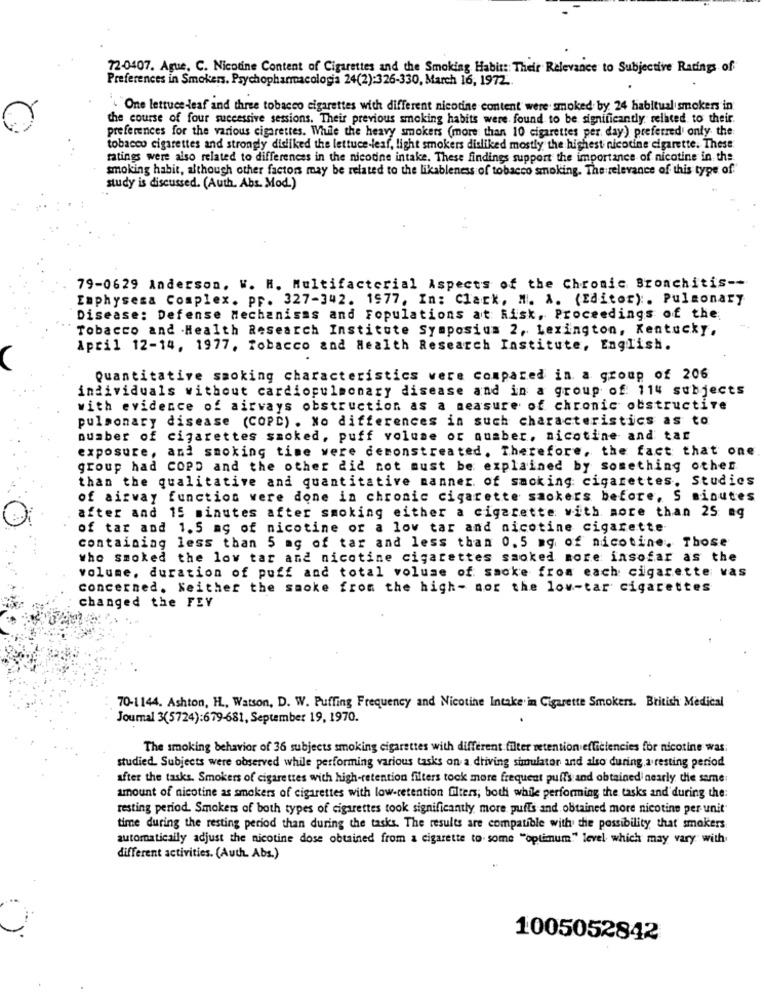
72-0407. Ague, C. Nicotine Content of Cigarettes and the Smoking Habit: Their Relevance to Subjective Racings of
Preferences in Smokers. Psychopharmacologia 24(2):326-330, March 16, 1972.
"One lettuce deaf and three tobacco cigarettes with different nicotine content were smoked by 24 habitual smokers in
the course of four successive sessions. Their previous smoking habits were found to be significantly related to their.
preferences for the various cigarettes. While the heavy smokers (more than 10 cigarettes per day) preferred only the
tobacco cigarettes and strongly didiked the lettuce-leaf, light smokers disliked mostly the highest nicotine cigarette. These
ratings were also related to differences in the nicotine intake. These findings support the importance of nicotine in the.
smoking habit, although other factors may be related to the likableness of tobacco smoking. The relevance of this type of
study is discussed. (Auth. Abs. Mod.)
79-0629 Anderson. W. H. Multifactorial Aspects of the Chronic Bronchitis --
Emphysema Complex. pr. 327-342. 1977, In: Clack. M. A. (Editor) :. Pulmonary
Disease: Defense Mechanisms and Fopulations at Risk, Proceedings of the;
Tobacco and Health Research Institute Symposium 2, Lexington, Kentucky,
April 12-14, 1977, Tobacco and Health Research Institute, English.
Quantitative smoking characteristics were compared in a group of 206
individuals without cardiopulmonary disease and in a group of: 114 subjects
with evidence of airways obstruction as a measure of chronic obstructive
pulmonary disease (COPD) . No differences in such characteristics as to
number of cigarettes smoked, puff volume or quaber, nicotine and tar
exposure, and smoking time were demonstreated. Therefore, the fact that one
group had COPD and the other did not must be explained by something other
than the qualitative and quantitative manner. of sacking cigarettes. Studies
of airway function were done in chronic cigarette smokers before, S minutes
after and 15 minutes after smoking either a cigarette with more than 25 mg
of tar and 1.5 mg of nicotine or a low tar and nicotine cigarette
containing less than 5 mg of tar and less than 0.5 mg of nicotine. Those
who smoked the low tar and nicotine cigarettes smoked more insofar as the
volume, duration of puff and total volume of sacke from each cigarette vas
concerned. Neither the smoke from the high- nor the low-tar cigarettes
changed the FEY
70-1144. Ashton, H ., Watson, D. W. Puffing Frequency and Nicotine Intake in Cigarette Smokers. British Medical
Journal 3(5724):679-681, September 19, 1970.
The smoking behavior of 36 subjects smoking cigarettes with different filter retention efficiencies for nicotine was:
studied. Subjects were observed while performing various tasks on a driving simulator and also during a resting period
after the tasks. Smokers of cigarettes with high-retention filters tock more frequent puffs and obtained nearly die same:
amount of nicotine as smokers of cigarettes with low-retention filters; both while performing the tasks and during the:
resting period. Smokers of both types of cigarettes took significantly more puffs and obtained more nicotine per unit
time during the resting period than during the tasks. The results are compatible with the possibility that smokers
automatically adjust the nicotine dose obtained from a cigarette to some "optimum" level which may vary with
different activities. (Auth. Abs.)
1005052842